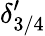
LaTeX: \delta_{3/4}^{\prime}